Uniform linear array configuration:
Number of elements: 48
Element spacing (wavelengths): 0.25
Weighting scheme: cosine
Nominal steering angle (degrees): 60
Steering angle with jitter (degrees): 60.948
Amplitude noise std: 0.05
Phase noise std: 0.05

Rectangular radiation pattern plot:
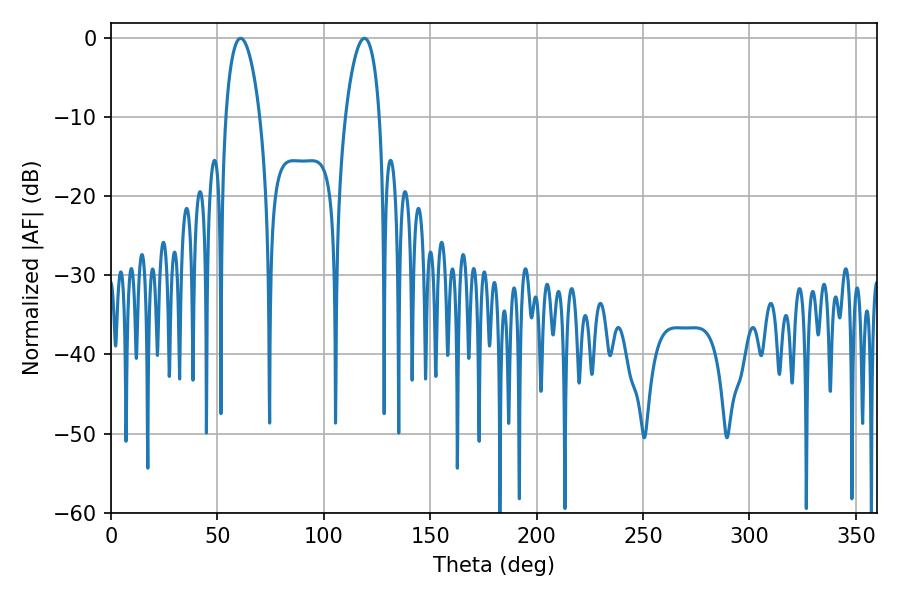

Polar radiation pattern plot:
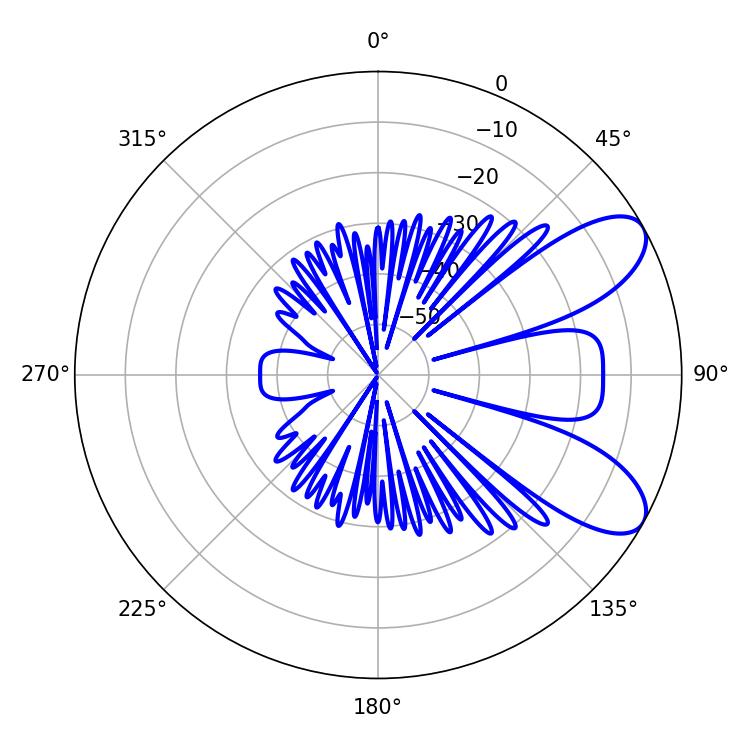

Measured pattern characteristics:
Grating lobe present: FALSE
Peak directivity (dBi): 8.135
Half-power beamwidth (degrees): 9
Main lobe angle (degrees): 60.84